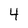
Character: 4